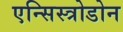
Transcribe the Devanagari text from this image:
एन्सिस्त्रोडोन